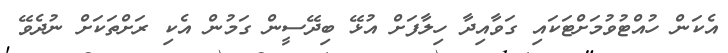
އެކަން ހުއްޓުވުމަށްޓަކައި ގަވާއިދާ ހިލާފަށް އުޅޭ ބިދޭސީން ގަމުން އެކި ރަށްތަކަށް ނުދެވޭ